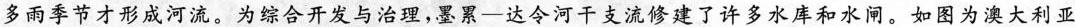
多雨季节才形成河流。为综合开发与治理，墨累—达令河干支流修建了许多水库和水闸。如图为澳大利亚